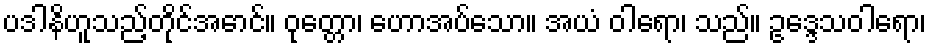
ပဒါနိဟူသည့်တိုင်အောင်။ ဝုတ္တော၊ ဟောအပ်သော။ အယံ ဝါရော၊ သည်။ ဥဒ္ဒေသဝါရော၊